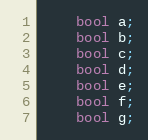
Language: C++
    bool a;
    bool b;
    bool c;
    bool d;
    bool e;
    bool f;
    bool g;